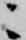
ニ